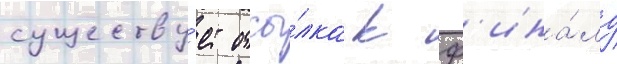
существу́ет отсы́лка к ф'ина́лу